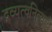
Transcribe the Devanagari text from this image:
द्रव्यत्वनित्यत्वे